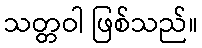
သတ္တဝါ ဖြစ်သည်။